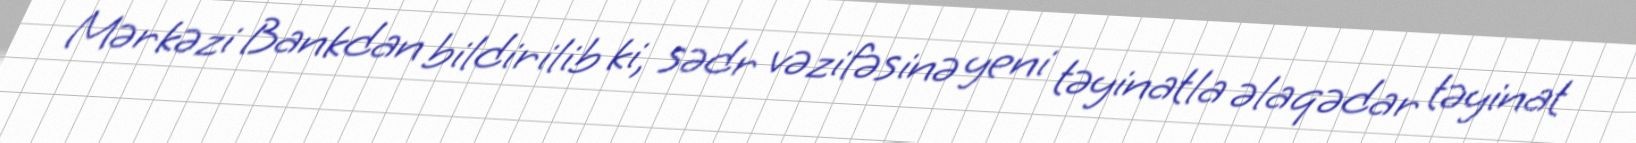
Mərkəzi Bankdan bildirilib ki, sədr vəzifəsinə yeni təyinatla əlaqədar təyinat